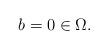
LaTeX: \begin{align*}b=0\in\Omega.\end{align*}